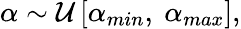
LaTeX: \begin{array}{r}{\alpha\sim\mathcal{U}\left[\alpha_{min},\ \alpha_{max}\right],}\end{array}